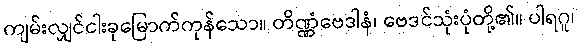
ကျမ်းလျှင်ငါးခုမြောက်ကုန်သော။ တိဏ္ဏံဗေဒါနံ၊ ဗေဒင်သုံးပုံတို့၏။ ပါရဂူ၊